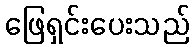
ဖြေရှင်းပေးသည်